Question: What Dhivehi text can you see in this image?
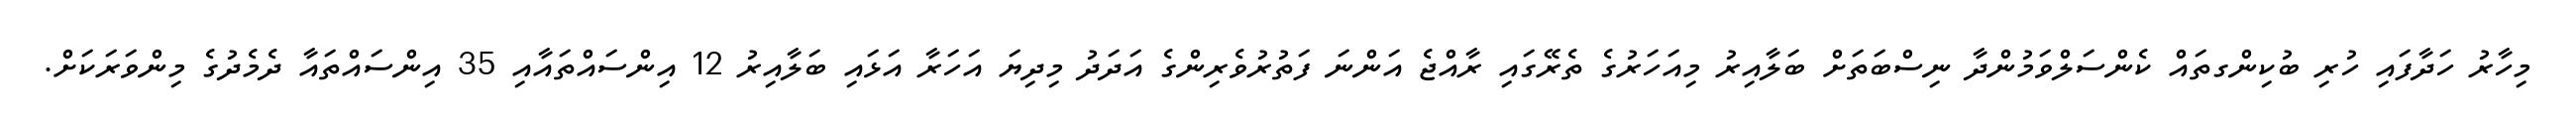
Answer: މިހާރު ހަދާފައި ހުރި ބުކިންގތައް ކެންސަލްވަމުންދާ ނިސްބަތަށް ބަލާއިރު މިއަހަރުގެ ތެރޭގައި ރާއްޖެ އަންނަ ފަތުރުވެރިންގެ އަދަދު މިދިޔަ އަހަރާ އަޅައި ބަލާއިރު 12 އިންސައްތައާއި 35 އިންސައްތައާ ދެމެދުގެ މިންވަރަކަށް.